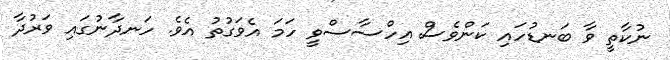
ނުކާތީ ވާ ބަނޑުހައި ކަންވެސް އިހްސާސްވީ ހަމަ އެވަގުތު އެވެ. ހަނދާނުގައި ވަރުދާ